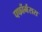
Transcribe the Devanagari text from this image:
पर्फौर्मंसस